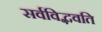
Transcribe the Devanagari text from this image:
सर्वविद्भवति